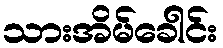
သားအိမ်ခေါင်း